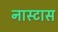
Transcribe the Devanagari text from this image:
नास्टास